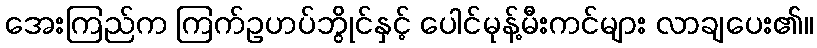
အေးကြည်က ကြက်ဥဟပ်ဘွိုင်နှင့် ပေါင်မုန့်မီးကင်များ လာချပေး၏။